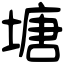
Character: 塘